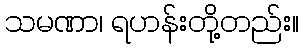
သမဏာ၊ ရဟန်းတို့တည်း။